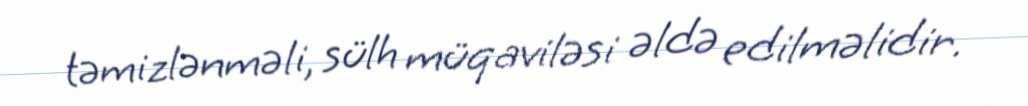
təmizlənməli, sülh müqaviləsi əldə edilməlidir.